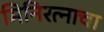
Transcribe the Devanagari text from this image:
मिनिरत्नाचा